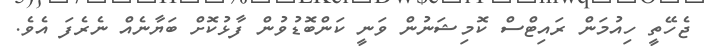
ޖެހޭތީ ހިއުމަން ރައިޓްސް ކޮމިޝަނުން ވަނީ ކަންބޮޑުވުން ފާޅުކޮށް ބަޔާނެއް ނެރެފަ އެވެ.